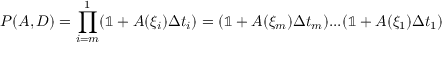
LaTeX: P ( A , D ) = \prod _ { i = m } ^ { 1 } ( \mathbb { 1 } + A ( \xi _ { i } ) \Delta t _ { i } ) = ( \mathbb { 1 } + A ( \xi _ { m } ) \Delta t _ { m } ) . . . ( \mathbb { 1 } + A ( \xi _ { 1 } ) \Delta t _ { 1 } )